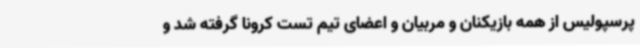
پرسپولیس از همه بازیکنان و مربیان و اعضای تیم تست کرونا گرفته شد و